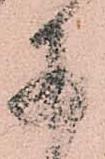
于